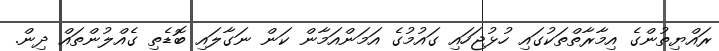
ރައްޔިތުންގެ އިމާރާތްތަކުގައި ހުޅުޖަހައި ގައުމުގެ އަމަންއަމާން ކަން ނަގާލައި ބޮޑެތި ގެއްލުންތައް ދިން.